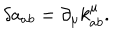
\delta a _ { a b } = \partial _ { \mu } k _ { a b } ^ { \mu } .